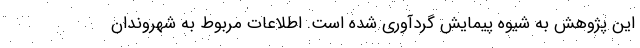
این پژوهش به شیوه پیمایش گردآوری شده است. اطلاعات مربوط به شهروندان